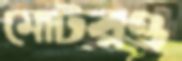
মোটরও